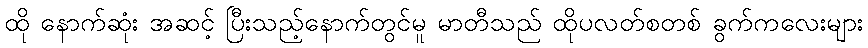
ထို နောက်ဆုံး အဆင့် ပြီးသည့်နောက်တွင်မူ မာတီသည် ထိုပလတ်စတစ် ခွက်ကလေးများ